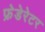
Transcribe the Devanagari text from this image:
फ्रेडेरेटर